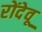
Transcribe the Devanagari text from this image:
रोंदेवू